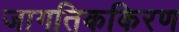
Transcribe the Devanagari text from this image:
जागतिककिरण